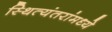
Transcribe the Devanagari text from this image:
स्थित्यंतरांमध्ये